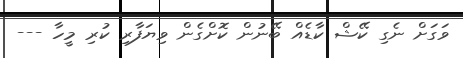
ވަގަށް ނެގި ކޭޝް ކާޑެއް ބޭނުން ކޮށްގެން ވިޔަފާރި ކުރި މީހާ ---